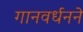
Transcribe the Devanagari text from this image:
गानवर्धनने